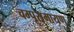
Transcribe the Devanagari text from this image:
चम्पूरामायण